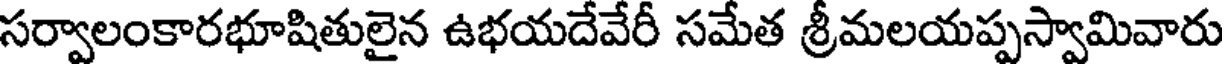
సర్వాలంకారభూషితులైన ఉభయదేవేరీ సమేత శ్రీమలయప్పస్వామివారు